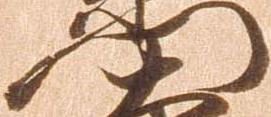
門